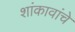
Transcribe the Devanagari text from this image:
शांकावांचे